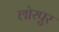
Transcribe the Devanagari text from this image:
लोरपुर